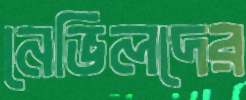
নেভিলদের